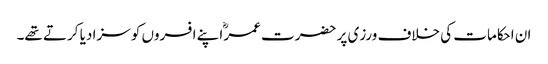
ان احکامات کی خلاف ورزی پر حضرت عمرؓ اپنے افسروں کو سزا دیا کرتے تھے۔